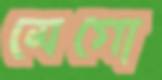
মেগো